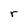
Character: r